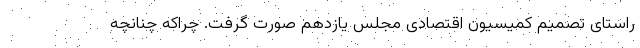
راستای تصمیم کمیسیون اقتصادی مجلس یازدهم صورت گرفت. چراکه چنانچه